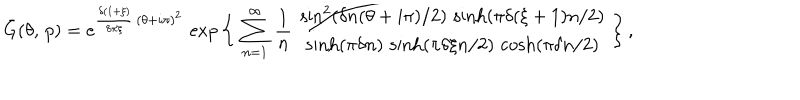
LaTeX: \bar { G } ( \theta , \, p ) = e ^ { \frac { \delta ( 1 + \xi ) } { 8 \pi \xi } \, ( \theta + i \pi ) ^ { 2 } } \, \exp \bigg \{ \, \sum _ { n = 1 } ^ { \infty } \, \frac { 1 } { n } \ \frac { \sin ^ { 2 } ( \delta n ( \theta + i \pi ) / 2 ) \, \sinh ( \pi \delta ( \xi + 1 ) n / 2 ) } { \sinh ( \pi \delta n ) \, \sinh ( \pi \delta \xi n / 2 ) \, \cosh ( \pi \delta n / 2 ) } \, \bigg \} \, ,